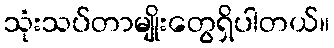
သုံးသပ်တာမျိုးတွေရှိပါတယ်။